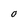
Character: O